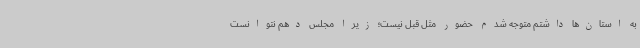
به استان‌ها داشتم متوجه شدم حضور مثل قبل نیست؛ زیرا مجلس دهم نتوانست